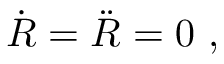
{ \dot { R } } = { \ddot { R } } = 0 \ ,